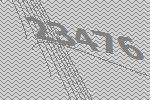
23476